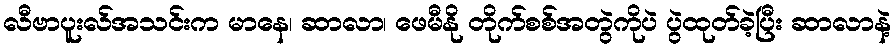
လီဗာပူးလ်အသင်းက မာနေ၊ ဆာလာ၊ ဖေမီနို တိုက်စစ်အတွဲကိုပဲ ပွဲထုတ်ခဲ့ပြီး ဆာလာနဲ့